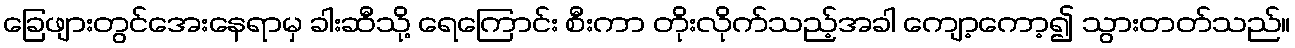
ခြေဖျားတွင်အေးနေရာမှ ခါးဆီသို့ ရေကြောင်း စီးကာ တိုးလိုက်သည့်အခါ ကျော့ကော့၍ သွားတတ်သည်။